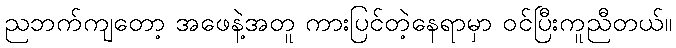
ညဘက်ကျတော့ အဖေနဲ့အတူ ကားပြင်တဲ့နေရာမှာ ဝင်ပြီးကူညီတယ်။